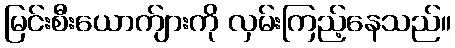
မြင်းစီးယောက်ျားကို လှမ်းကြည့်နေသည်။